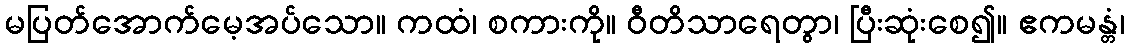
မပြတ်အောက်မေ့အပ်သော။ ကထံ၊ စကားကို။ ဝီတိသာရေတွာ၊ ပြီးဆုံးစေ၍။ ဧကမန္တံ၊